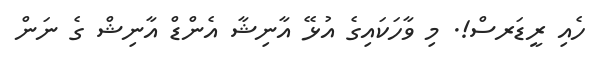
ހެއި ރީޑަރސް!. މި ވާހަކައިގެ އުޅޭ އާނިޝާ އެންޑް އާނިޝް ގެ ނަން